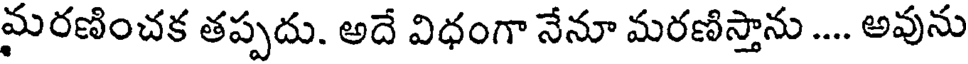
మరణించక తప్పదు. అదే విధంగా నేనూ మరణిస్తాను .... అవును